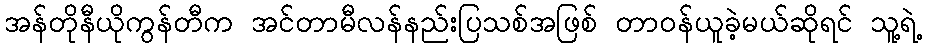
အန်တိုနီယိုကွန်တီက အင်တာမီလန်နည်းပြသစ်အဖြစ် တာဝန်ယူခဲ့မယ်ဆိုရင် သူ့ရဲ့